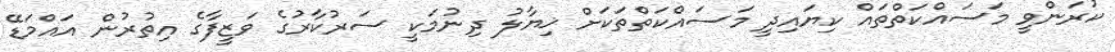
ކުރަންވީ މަސައްކަތްތައް ކިޔައިދީ މަސައްކަތްތަކަށް ޚިޔާލު ދިނުމަކީ ސަރުކާރުގެ ވަޒީފާގެ އިތުރުން އައްމަޑޭ